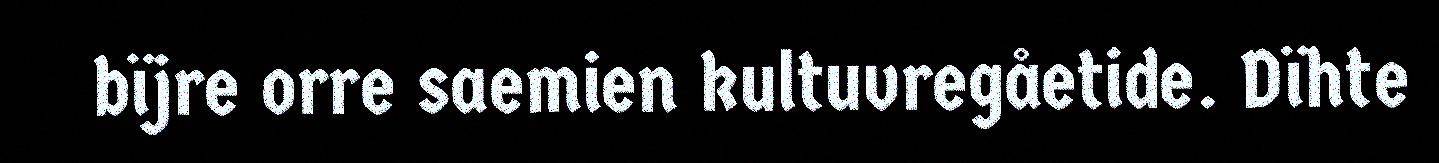
bïjre orre saemien kultuvregåetide. Dïhte